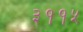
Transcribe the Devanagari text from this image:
३११५